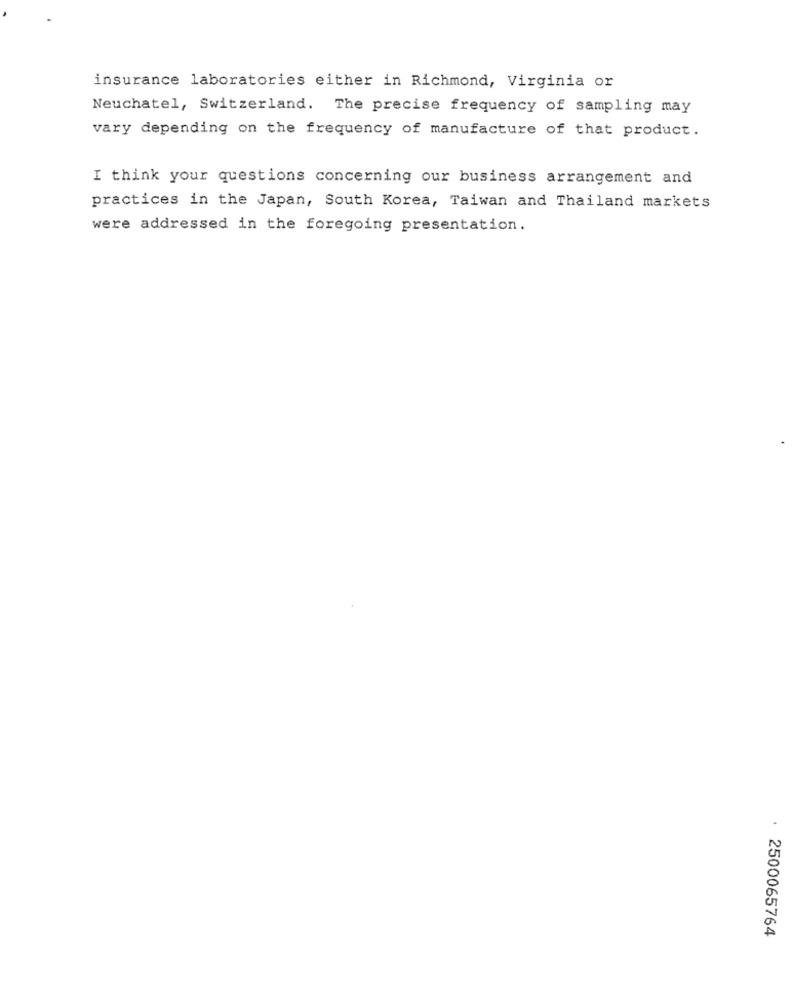
insurance laboratories either in Richmond, Virginia or
Neuchatel, Switzerland. The precise frequency of sampling may
vary depending on the frequency of manufacture of that product.
I think your questions concerning our business arrangement and
practices in the Japan, South Korea, Taiwan and Thailand markets
were addressed in the foregoing presentation.
2500065764